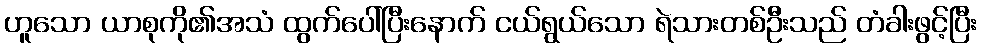
ဟူသော ယာစုကို၏အသံ ထွက်ပေါ်ပြီးနောက် ငယ်ရွယ်သော ရဲသားတစ်ဦးသည် တံခါးဖွင့်ပြီး